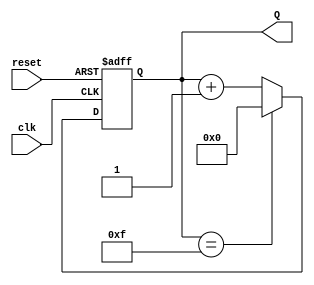
module binary_up_counter (
    input wire clk,        // Clock input
    input wire reset,      // Asynchronous reset input
    output reg [N-1:0] Q   // N-bit output count
);
    parameter N = 4;       // Parameter for the number of bits

    // Asynchronous reset and counting logic
    always @(posedge clk or posedge reset) begin
        if (reset) begin
            Q <= 0; // Reset the counter to 0
        end else begin
            if (Q == (1 << N) - 1) begin
                Q <= 0; // Wrap around to 0
            end else begin
                Q <= Q + 1; // Increment the counter
            end
        end
    end
endmodule